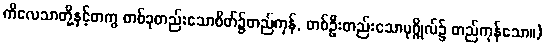
ကိလေသာတို့နှင့်တကွ တစ်ခုတည်းသောစိတ်၌တည်ကုန်, တစ်ဦးတည်းသောပုဂ္ဂိုလ်၌ တည်ကုန်သော။)